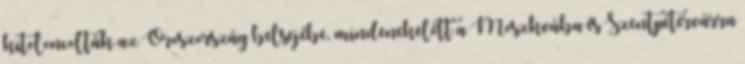
kitoloncolták az Oroszország belsejébe, mindenekelőtt a Moszkvába és Szentpétervárra